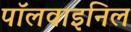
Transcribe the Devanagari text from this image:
पॉलवाइनिल